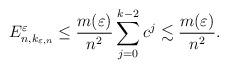
LaTeX: \begin{align*}E^\varepsilon_{n,k_{\varepsilon,n}}\leq \frac{m(\varepsilon)}{n^2}\sum_{j=0}^{k-2}c^j\lesssim \frac{m(\varepsilon)}{n^2}.\end{align*}